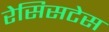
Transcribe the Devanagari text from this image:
रेसिसटेस